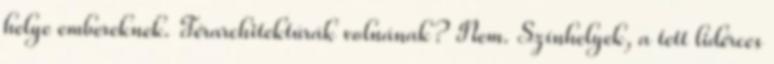
helye embereknek. Térarchitektúrák volnának? Nem. Színhelyek, a tett lidérces